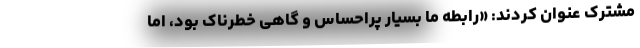
مشترک عنوان کردند: «رابطه ما بسیار پراحساس و گاهی خطرناک بود،‌ اما